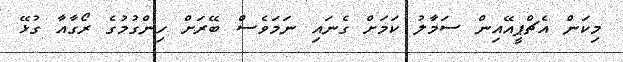
މިކަން އެޗްޕީއޭއިން ސަމާލު ކަމަށް ގެނައި ނަމަވެސް ބޭރަށް ހިންގުމުގެ ރޯގާއާ ގުޅޭ